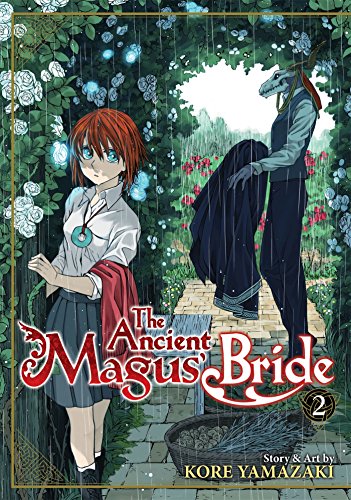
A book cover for The Ancient Magus' Bride Vol. 2; Kore Yamazaki; Comics & Graphic Novels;